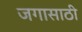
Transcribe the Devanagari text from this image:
जगासाठी